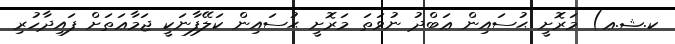
ކ.ޝ.ޢ) މަރޮށީ ޙުސައިން ޢަބްދު ނުވަތަ މަރޮށީ ޙުސައިން ކަލޭފާނަކީ ޖަމާޢަތަށް ފައިދާހުރި